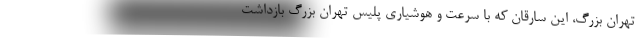
تهران بزرگ، این سارقان که با سرعت و هوشیاری پلیس تهران بزرگ بازداشت